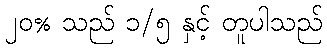
၂၀% သည် ၁/၅ နှင့် တူပါသည်